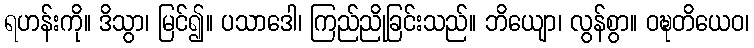
ရဟန်းကို။ ဒိသွာ၊ မြင်၍။ ပသာဒေါ၊ ကြည်ညိုခြင်းသည်။ ဘိယျော၊ လွန်စွာ။ ဝဍ္ဎတိယေဝ၊